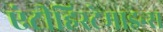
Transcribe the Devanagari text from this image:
एंटीहिस्टेमाइन्स